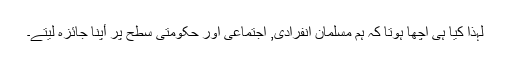
لہذا کیا ہی اچھا ہوتا کہ ہم مسلمان انفرادی, اجتماعی اور حکومتی سطح پر أپنا جائزہ لیتے۔